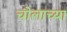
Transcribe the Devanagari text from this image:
चोलाच्या